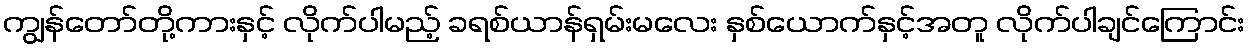
ကျွန်တော်တို့ကားနှင့် လိုက်ပါမည့် ခရစ်ယာန်ရှမ်းမလေး နှစ်ယောက်နှင့်အတူ လိုက်ပါချင်ကြောင်း